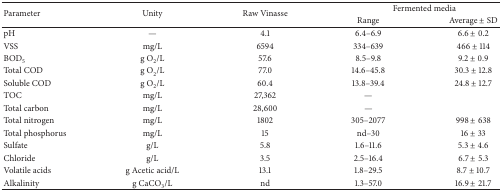
<table><thead><tr><td rowspan="2"><b>Parameter</b></td><td rowspan="2"><b>Unity</b></td><td rowspan="2"><b>Raw Vinasse</b></td><td colspan="2"><b>Fermented media</b></td></tr><tr><td><b>Range</b></td><td><b>Average ± SD</b></td></tr></thead><tbody><tr><td>pH</td><td>—</td><td>4.1</td><td>6.4–6.9</td><td>6.6 ± 0.2</td></tr><tr><td>VSS</td><td>mg/L</td><td>6594</td><td>334–639</td><td>466 ± 114</td></tr><tr><td>BOD<sub>5</sub></td><td>g O<sub>2</sub>/L</td><td>57.6</td><td>8.5–9.8</td><td>9.2 ± 0.9</td></tr><tr><td>Total COD</td><td>g O<sub>2</sub>/L</td><td>77.0</td><td>14.6–45.8</td><td>30.3 ± 12.8</td></tr><tr><td>Soluble COD</td><td>g O<sub>2</sub>/L</td><td>60.4</td><td>13.8–39.4</td><td>24.8 ± 12.7</td></tr><tr><td>TOC</td><td>mg/L</td><td>27,362</td><td>—</td><td> </td></tr><tr><td>Total carbon</td><td>mg/L</td><td>28,600</td><td>—</td><td> </td></tr><tr><td>Total nitrogen</td><td>mg/L</td><td>1802</td><td>305–2077</td><td>998 ± 638</td></tr><tr><td>Total phosphorus</td><td>mg/L</td><td>15</td><td>nd–30</td><td>16 ± 33</td></tr><tr><td>Sulfate</td><td>g/L</td><td>5.8</td><td>1.6–11.6</td><td>5.3 ± 4.6</td></tr><tr><td>Chloride</td><td>g/L</td><td>3.5</td><td>2.5–16.4</td><td>6.7 ± 5.3</td></tr><tr><td>Volatile acids</td><td>g Acetic acid/L</td><td>13.1</td><td>1.8–29.5</td><td>8.7 ± 10.7</td></tr><tr><td>Alkalinity</td><td>g CaCO<sub>3</sub>/L</td><td>nd</td><td>1.3–57.0</td><td>16.9 ± 21.7</td></tr></tbody></table>